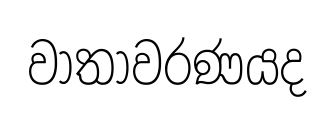
වාතාවරණයද